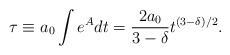
LaTeX: \begin{align*}\tau \equiv a_0 \int e^A dt = \frac{2a_0}{3-\delta} t^{(3-\delta)/2} .\end{align*}